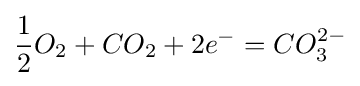
{\frac {1}{2}}O_{2}+CO_{2}+2e^{-}=CO_{3}^{2-}